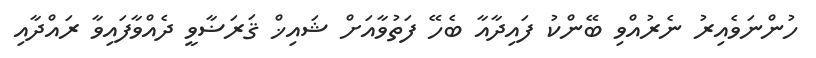
ހުންނަވެއިރު ނެރުއްވި ބޭންކު ފައިދާއާ ބެހޭ ފަތުވާއަށް ޝައިޚް ޤަރަޟާވީ ދެއްވާފައިވާ ރައްދާއި